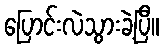
ပြောင်းလဲသွားခဲ့ပြီ။